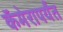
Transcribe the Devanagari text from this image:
कॅमेरापर्यंत